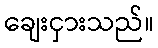
ချေးငှားသည်။